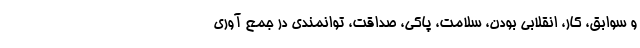
و سوابق، کار، انقلابی بودن، سلامت، پاکی، صداقت، توانمندی در جمع آوری